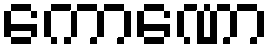
ကောဏော